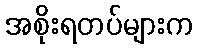
အစိုးရတပ်များက